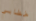
خطابي